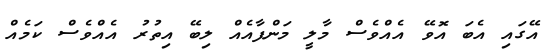
އޭގައި އެބަ އޮވޭ އެއްވެސް މާލީ މަންފާއެއް ލިބޭ އިތުރު އެއްވެސް ކަމެއް